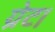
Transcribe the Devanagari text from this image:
ग्रेट।